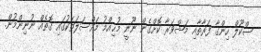
ސްކޫލް ހިންގާ ފަރާތާއި މަޝްވަރާ ކޮށްގެން ނޫނީ މުޙިއްމު މައްސަލަތަކުގައި ގޮތެއް ނުނިންމުން.